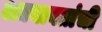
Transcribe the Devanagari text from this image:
अद्ययावतांची